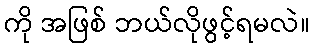
ကို အဖြစ် ဘယ်လိုဖွင့်ရမလဲ။